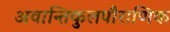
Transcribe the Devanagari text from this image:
अवान्तिकुलपौराणिक